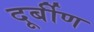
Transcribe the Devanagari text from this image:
दूर्बीण